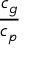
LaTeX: \displaystyle { \frac { c _ { g } } { c _ { p } } }